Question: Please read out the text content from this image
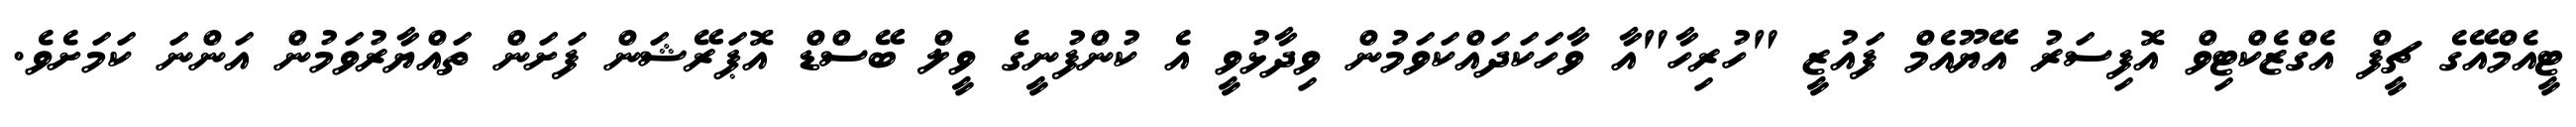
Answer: ޓީއެމްއޭގެ ޗީފް އެގްޒެކްޓިވް އޮފިސަރު އޭޔޫއެމް ފައުޒީ "ހުރިހާ"އާ ވާހަކަދައްކަވަމުން ވިދާޅުވީ އެ ކުންފުނީގެ ވީލް ބޭސްޑް އޮޕަރޭޝަން ފަށަން ތައްޔާރުވަމުން އަންނަ ކަމަށެވެ.